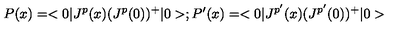
P ( x ) = < 0 | J ^ { p } ( x ) ( J ^ { p } ( 0 ) ) ^ { + } | 0 > ; P ^ { \prime } ( x ) = < 0 | J ^ { p ^ { \prime } } ( x ) ( J ^ { p ^ { \prime } } ( 0 ) ) ^ { + } | 0 >